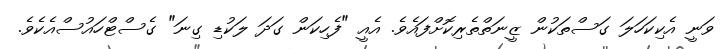
ވަނީ އެކިކަހަލަ ގަސްތަކުން ޒީނަތްތެރިކޮށްފައެވެ. އެއީ "ފެހިކަން ގަދަ ލަކުޑި ގިނަ" ގެސްޓްހައުސްއެކެވެ.